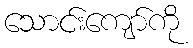
သောင်းကျော်ကို